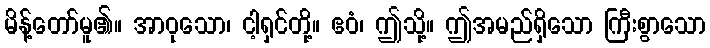
မိန့်တော်မူ၏။ အာဝုသော၊ ငါ့ရှင်တို့။ ဧဝံ၊ ဤသို့။ ဤအမည်ရှိသော ကြီးစွာသော